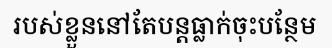
របស់ខ្លួននៅតែបន្តធ្លាក់ចុះបន្ថែម